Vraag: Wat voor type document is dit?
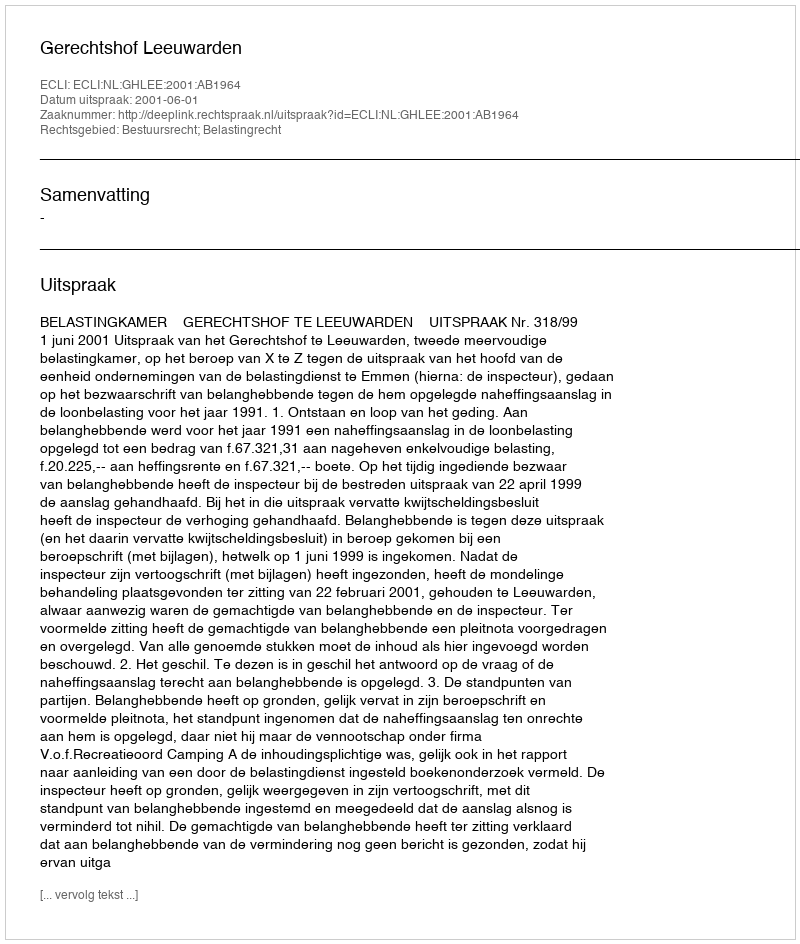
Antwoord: Uitspraak